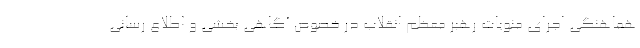
هماهنگی اجرای منویات رهبر معظم انقلاب در خصوص آگاهی بخشی و اطلاع رسانی